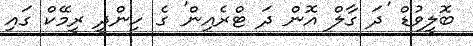
ބޮލީވުޑް 'ދަ ގާލް އޮން ދަ ޓްރެއިން' ގެ ހިންދީ ރީމޭކް ގައި